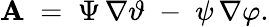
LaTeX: {\mathbf A}\; =\; \Psi\, \nabla\vartheta\; -\; \psi\, \nabla\varphi.